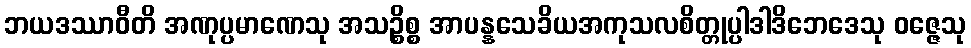
ဘယဒဿာဝီတိ အဏုပ္ပမာဏေသု အသဉ္စိစ္စ အာပန္နသေခိယအကုသလစိတ္တုပ္ပါဒါဒိဘေဒေသု ဝဇ္ဇေသု